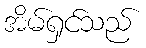
အိမ်ရှင်သည်